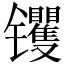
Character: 䦆